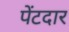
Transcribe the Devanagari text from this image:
पेंटदार